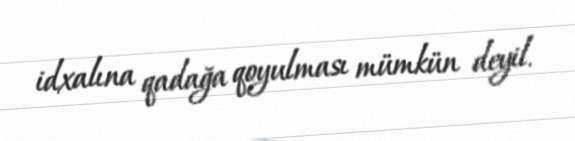
idxalına qadağa qoyulması mümkün deyil.